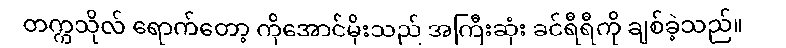
တက္ကသိုလ် ရောက်တော့ ကိုအောင်မိုးသည် အကြီးဆုံး ခင်ရီရီကို ချစ်ခဲ့သည်။